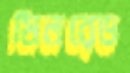
মিলরেড